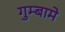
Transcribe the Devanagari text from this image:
गुम्बामे